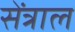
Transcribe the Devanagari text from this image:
सेंत्राल